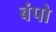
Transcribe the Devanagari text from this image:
बंपो